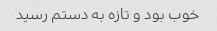
خوب بود و تازه به دستم رسید